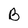
Character: B